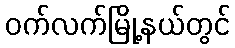
ဝက်လက်မြို့နယ်တွင်